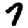
Digit: 7